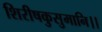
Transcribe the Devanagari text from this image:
शिरीषकुसुमानि।।